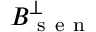
B _ { \mathrm { ~ s ~ e ~ n ~ } } ^ { \perp }